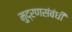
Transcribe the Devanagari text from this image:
मुद्रणसंबंधी